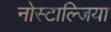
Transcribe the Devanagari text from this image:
नोस्टाल्जिया